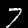
Digit: 7